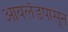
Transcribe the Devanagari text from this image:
आयलंडपासून